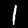
Label: 1